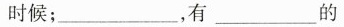
时候；_______，有___的